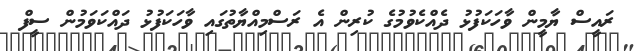
ރައީސް ޔާމީން ވާހަކަފުޅު ދެއްކެވުމުގެ ކުރިން އެ ރަސްމިއްޔާތުގައި ވާހަކަފުޅު ދައްކަވަމުން ސީފް